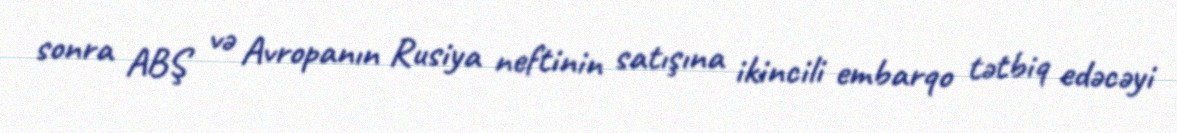
sonra ABŞ və Avropanın Rusiya neftinin satışına ikincili embarqo tətbiq edəcəyi